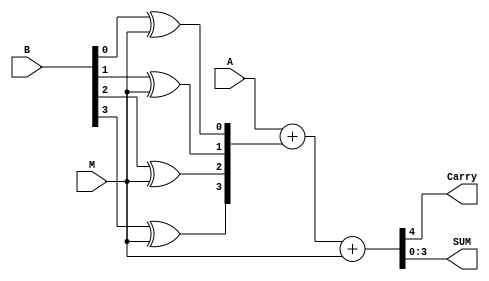
module adder_subtractor(Carry, SUM, M, A, B);

input [3:0] A,B;
input M;
output [3:0] SUM;
output Carry;

wire [3:0] Bbar;

// Dataflow Modeling
assign Bbar[0] = B[0] ^ M,
	Bbar[1] = B[1] ^ M,
	Bbar[2] = B[2] ^ M,
	Bbar[3] = B[3] ^M ;

assign {Carry, SUM} = A + Bbar + M;

endmodule